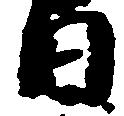
日